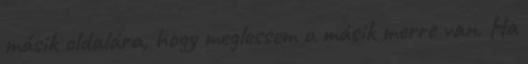
másik oldalára, hogy meglessem a másik merre van. Ha